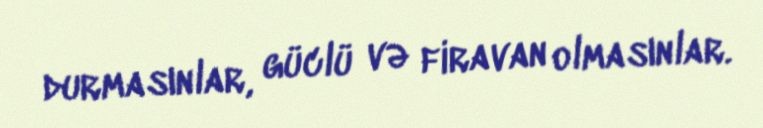
durmasınlar, güclü və firavan olmasınlar.